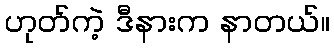
ဟုတ်ကဲ့ ဒီနားက နာတယ်။